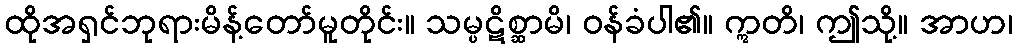
ထိုအရှင်ဘုရားမိန့်တော်မူတိုင်း။ သမ္ပဋိစ္ဆာမိ၊ ဝန်ခံပါ၏။ ဣတိ၊ ဤသို့။ အာဟ၊